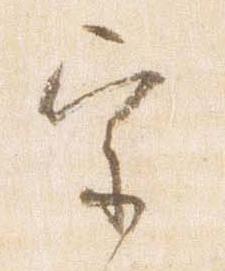
宗